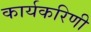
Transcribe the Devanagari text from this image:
कार्यकरिणी